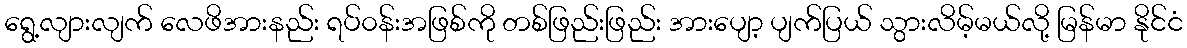
ရွေ့လျားလျက် လေဖိအားနည်း ရပ်၀န်းအဖြစ်ကို တစ်ဖြည်းဖြည်း အားပျော့ ပျက်ပြယ် သွားလိမ့်မယ်လို့ မြန်မာ နိုင်ငံ